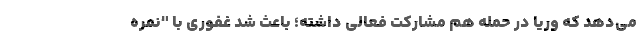
می‌دهد که وریا در حمله هم مشارکت فعالی داشته؛ باعث شد غفوری با "نمره